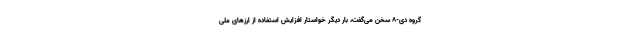
گروه دی-۸ سخن می‌گفت، بار دیگر خواستار افزایش استفاده از ارز‌های ملی